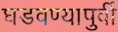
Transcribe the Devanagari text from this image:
घडवण्यापुर्वी